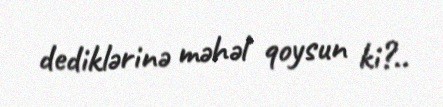
dediklərinə məhəl qoysun ki?..